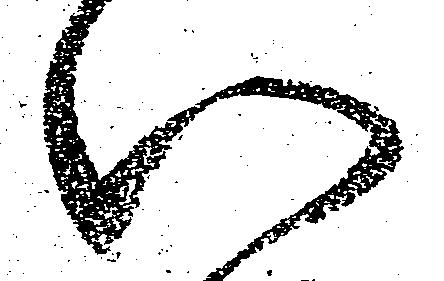
い